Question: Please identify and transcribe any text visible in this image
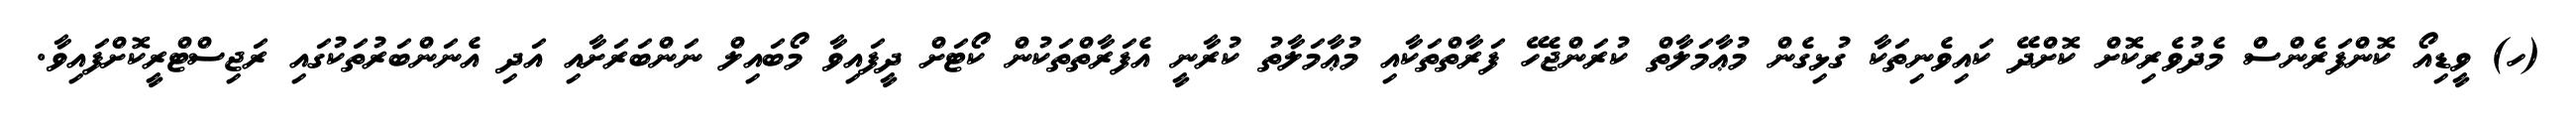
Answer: (ހ) ވީޑިއޯ ކޮންފަރެންސް މެދުވެރިކޮށް ކޮށްދޭ ކައިވެނިތަކާ ގުޅިގެން މުޢާމަލާތް ކުރަންޖެހޭ ފަރާތްތަކާއި މުޢާމަލާތު ކުރާނީ އެފަރާތްތަކުން ކޯޓަށް ދީފައިވާ މޯބައިލް ނަންބަރަށާއި އަދި އެނަންބަރުތަކުގައި ރަޖިސްޓްރީކޮށްފައިވާ.